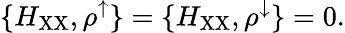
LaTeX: \{ H_{\mathrm{XX}},\rho^{\uparrow}\} =\{ H_{\mathrm{XX}},\rho^{\downarrow}\} =0.